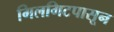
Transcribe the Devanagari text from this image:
गिलगिटपासून